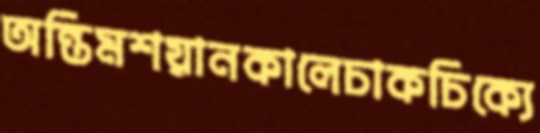
অন্তিমশয়ানকালেচাকচিক্যে